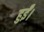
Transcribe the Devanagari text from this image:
हुर्ईं।